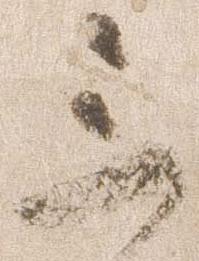
三